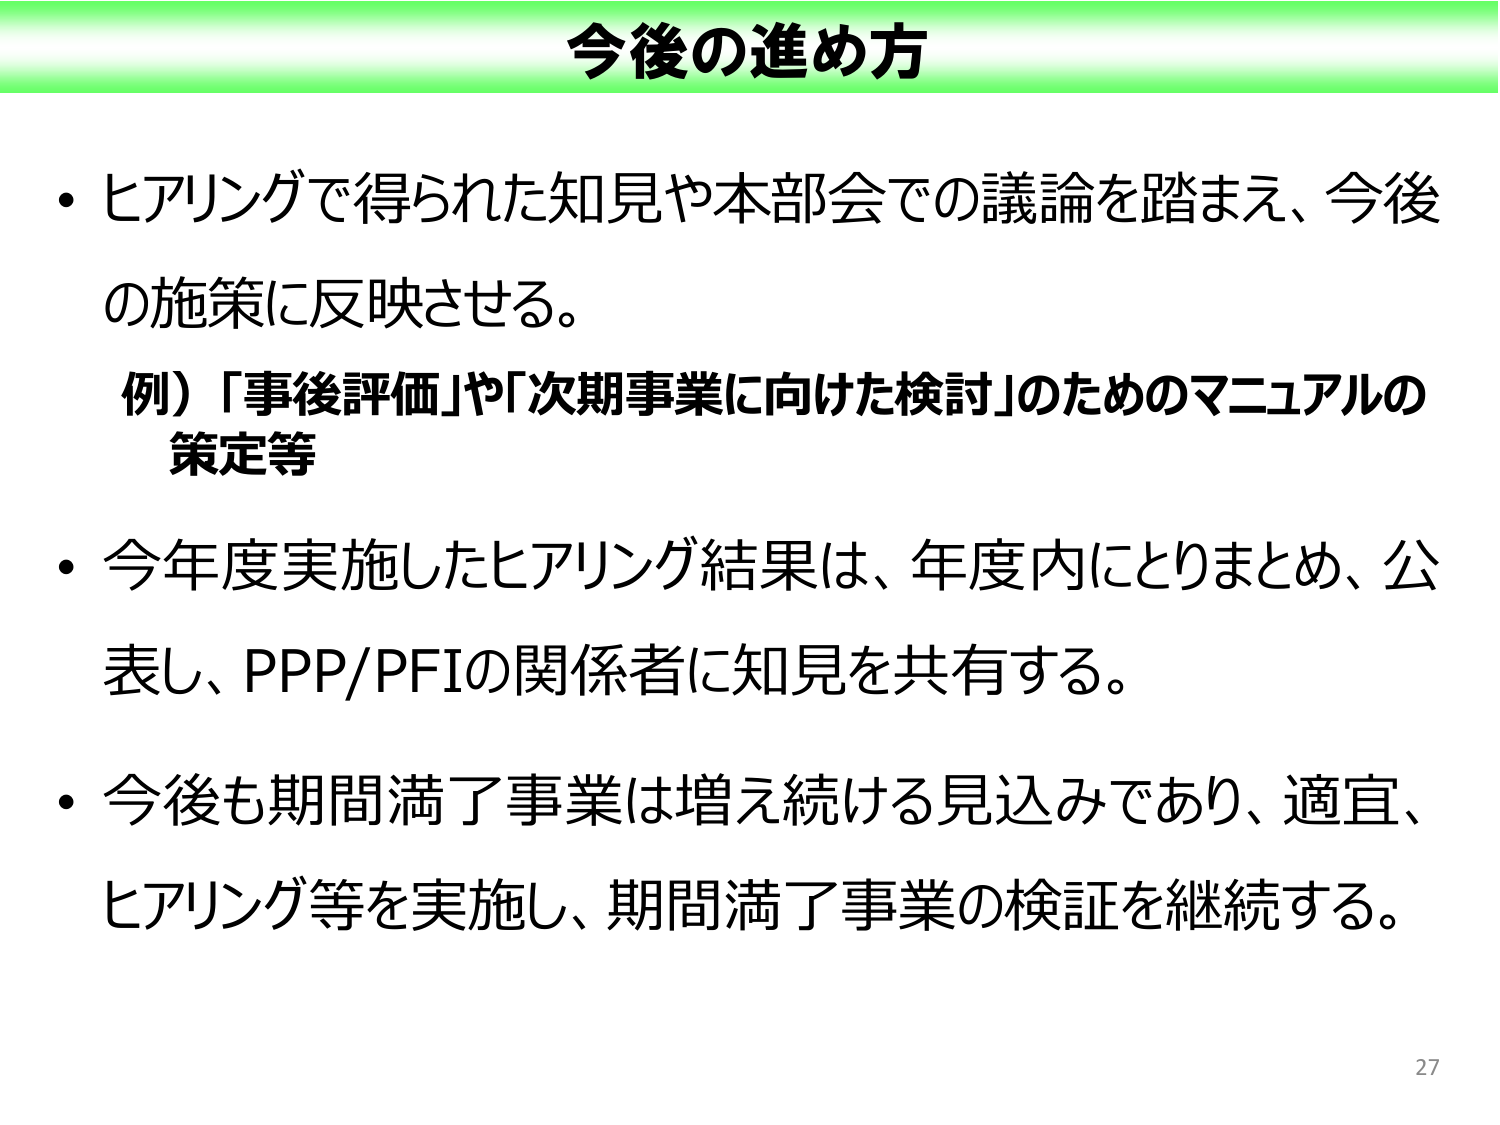
今後の進め方

・ヒアリングで得られた知見や本部会での議論を踏まえ、今後の施策に反映させる。
例）「事後評価」や「次期事業に向けた検討」のためのマニュアルの策定等

・今年度実施したヒアリング結果は、年度内にとりまとめ、公表し、PPP/PFIの関係者に知見を共有する。

・今後も期間満了事業は増え続ける見込みであり、適宜、ヒアリング等を実施し、期間満了事業の検証を継続する。

27